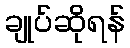
ချုပ်ဆိုရန်